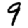
Digit: 9